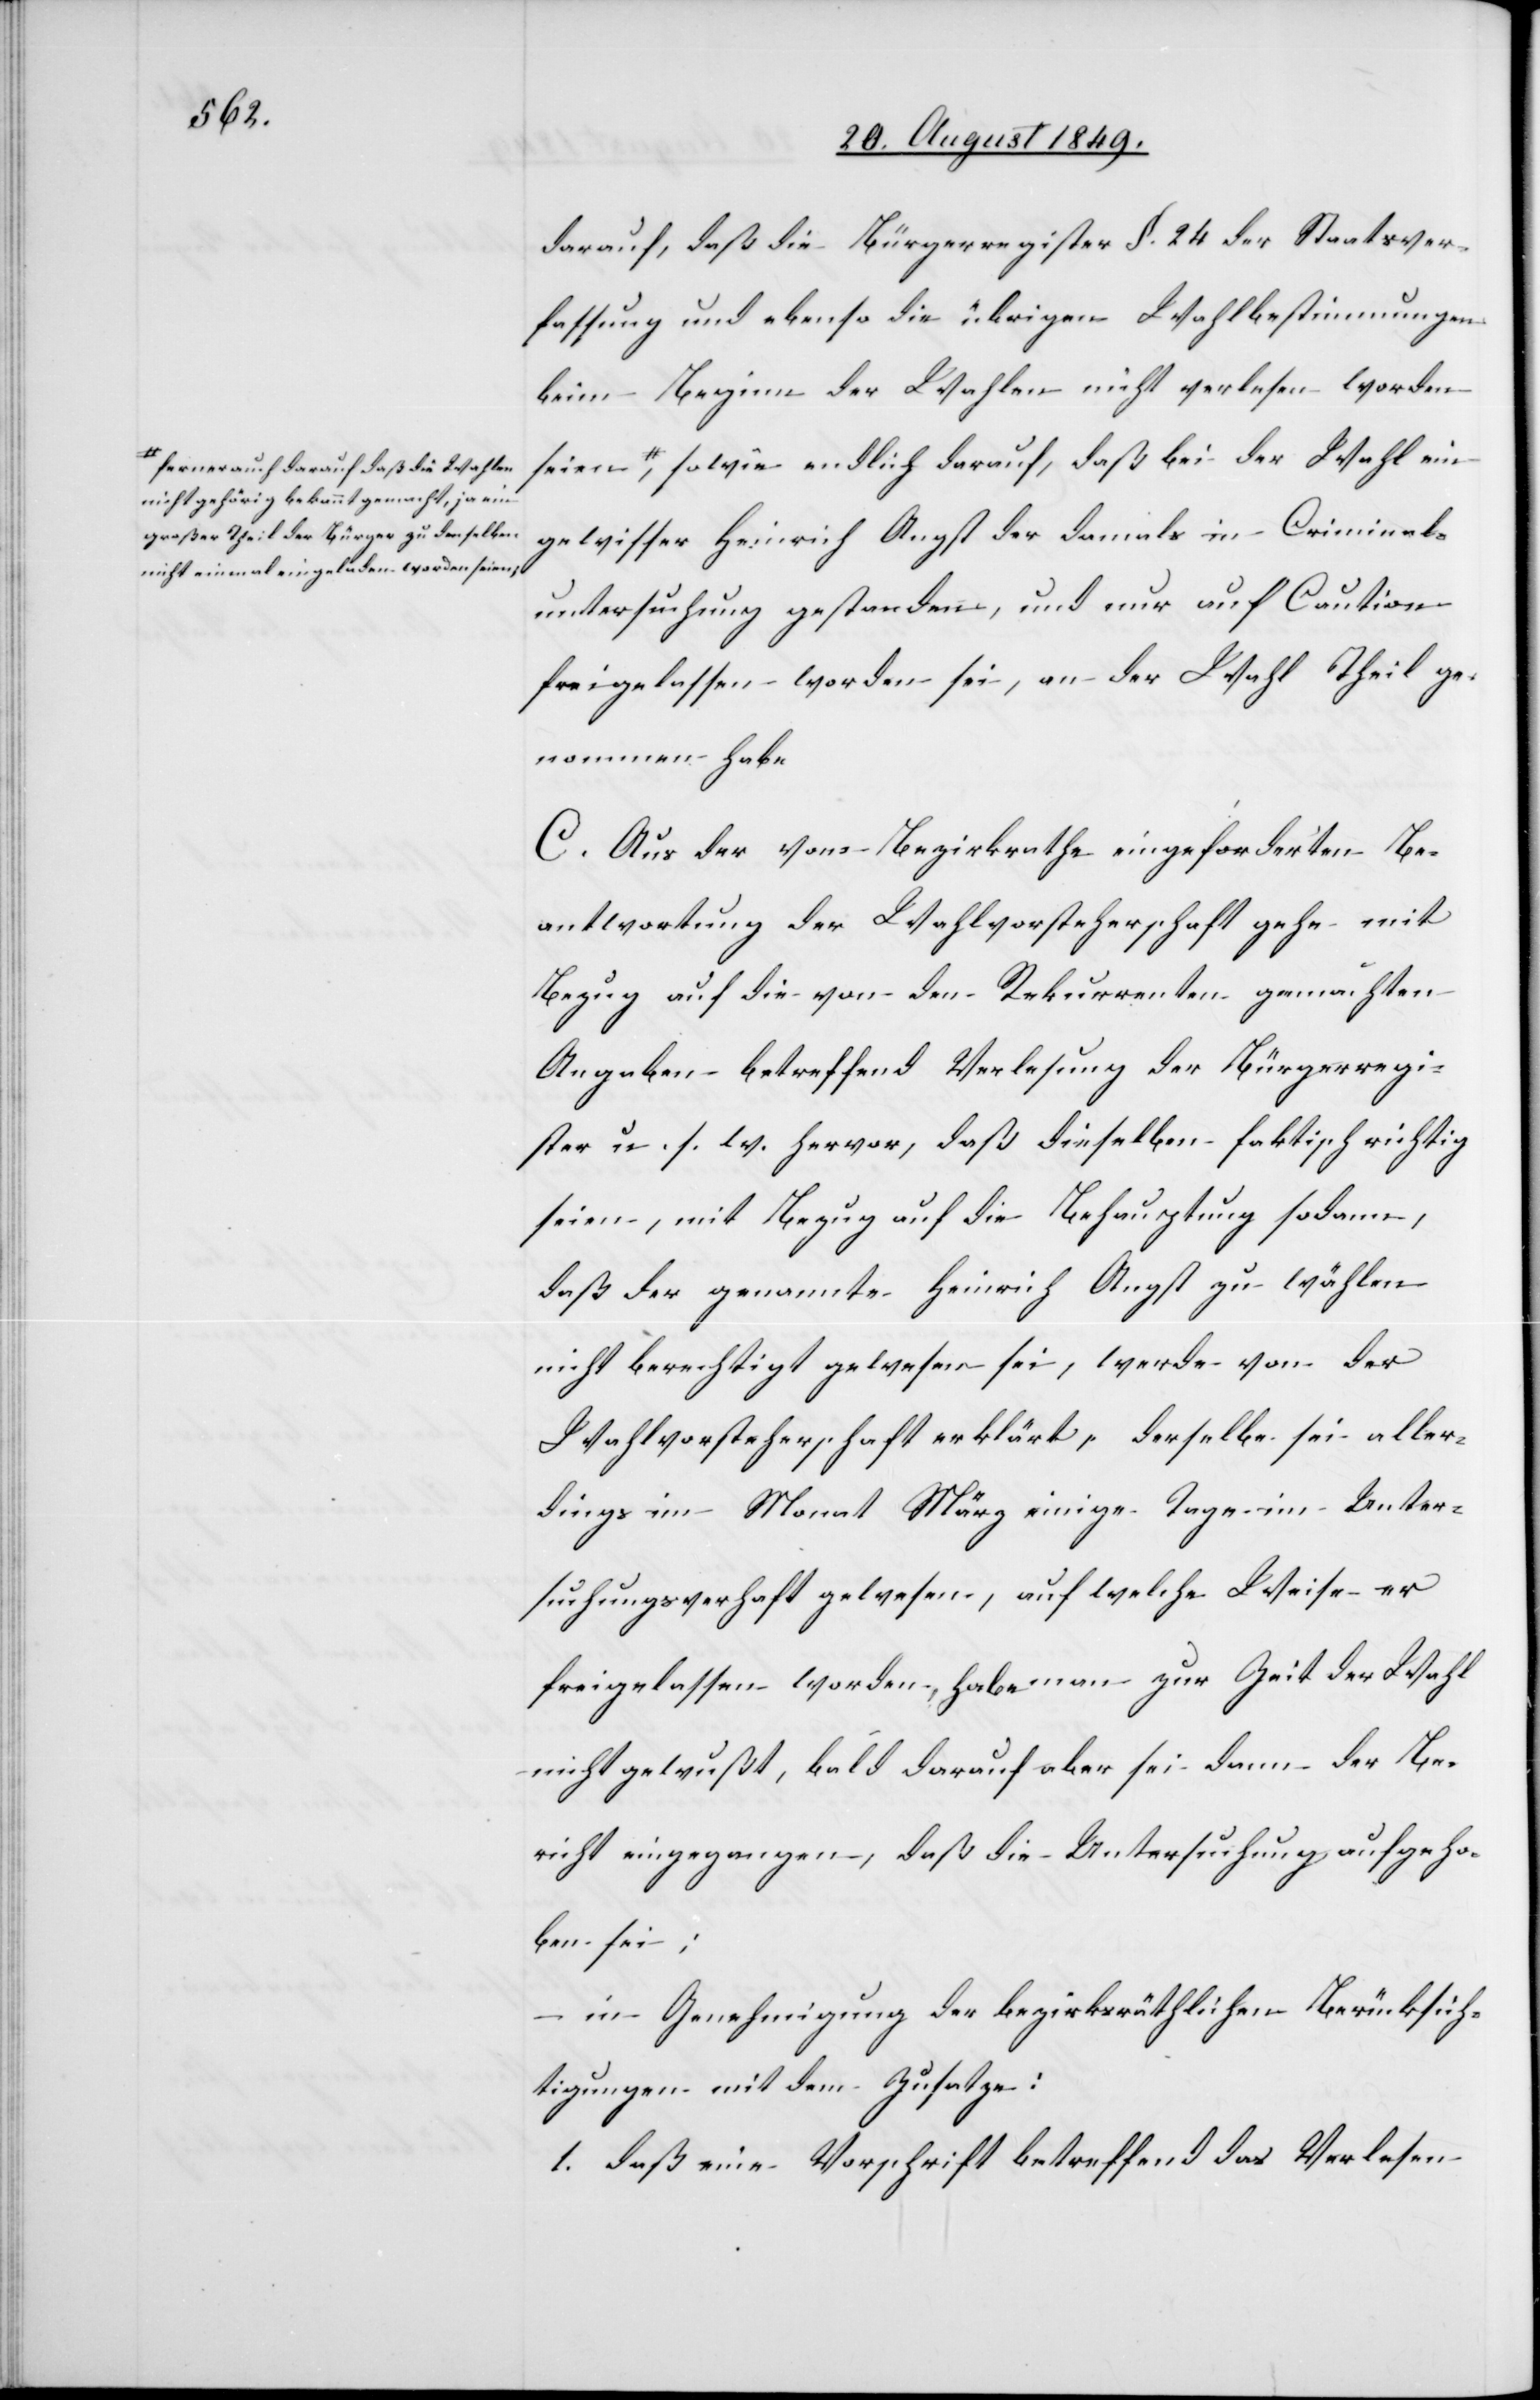
a-ferner auch darauf daß die Wahlen
nicht gehörig bekannt gemacht, ja ein
großer Theil der Bürger zu denselben
nicht einmal eingeladen worden s¬

darauf, daß die Bürgerregister[,] §. 24 der Staatsver¬
fassung und ebenso die übrigen Wahlbestimmungen
beim Beginn der Wahlen nicht verlesen worden
eien,-a sowie endlich darauf, daß bei der Wahl ein
gewisser Heinrich Angst der damals in Criminal¬
untersuchung gestanden, und nur auf Caution
freigelassen worden sei, an der Wahl Theil ge¬
nommen habe
C. Aus der vom Bezirksrathe eingeforderten Be¬
antwortung der Wahlvorsteherschaft gehe mit
Bezug auf die von den Rekurrenten gemachten
Angaben betreffend Verlesung der Bürgerregi¬
ster u. s. w. hervor, daß dieselben faktisch richtig
seien, mit Bezug auf die Behauptung sodann,
daß der genannte Heinrich Angst zu wählen
nicht berechtigt gewesen sei, werde von der
Wahlvorsteherschaft erklärt, derselbe sei aller¬
dings im Monat März einige Tage im Unter¬
suchungsverhaft gewesen, auf welche Weise er
freigelassen worden, habe man zur Zeit der Wahl
nicht gewußt, bald darauf aber sei dann der Be¬
richt eingegangen, daß die Untersuchung aufgeho¬
ben sei;
in Genehmigung der bezirksräthlichen Berücksich¬
seien,
tigung mit dem Zusatze:
1. daß eine Vorschrift betreffend das Verlesen